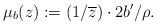
LaTeX: \begin{align*}\mu_b(z) := (1/\overline{z}) \cdot 2b'/\rho.\end{align*}